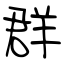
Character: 群